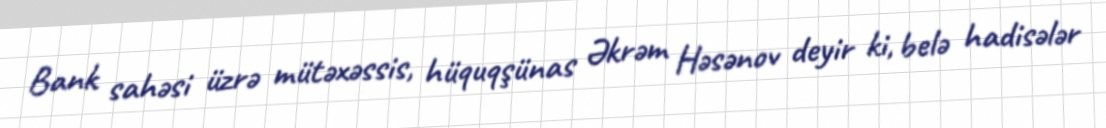
Bank sahəsi üzrə mütəxəssis, hüquqşünas Əkrəm Həsənov deyir ki, belə hadisələr